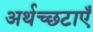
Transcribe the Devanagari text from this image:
अर्थच्छटाएँ